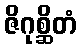
ဇိဂုစ္ဆိတံ